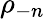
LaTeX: \rho_{-n}